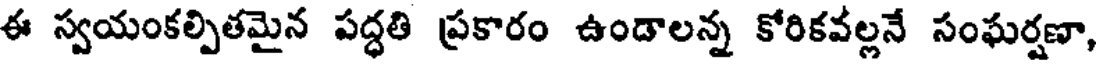
ఈ స్వయంకల్పితమైన పద్ధతి ప్రకారం ఉండాలన్న కోరికవల్లనే సంఘర్షణా,